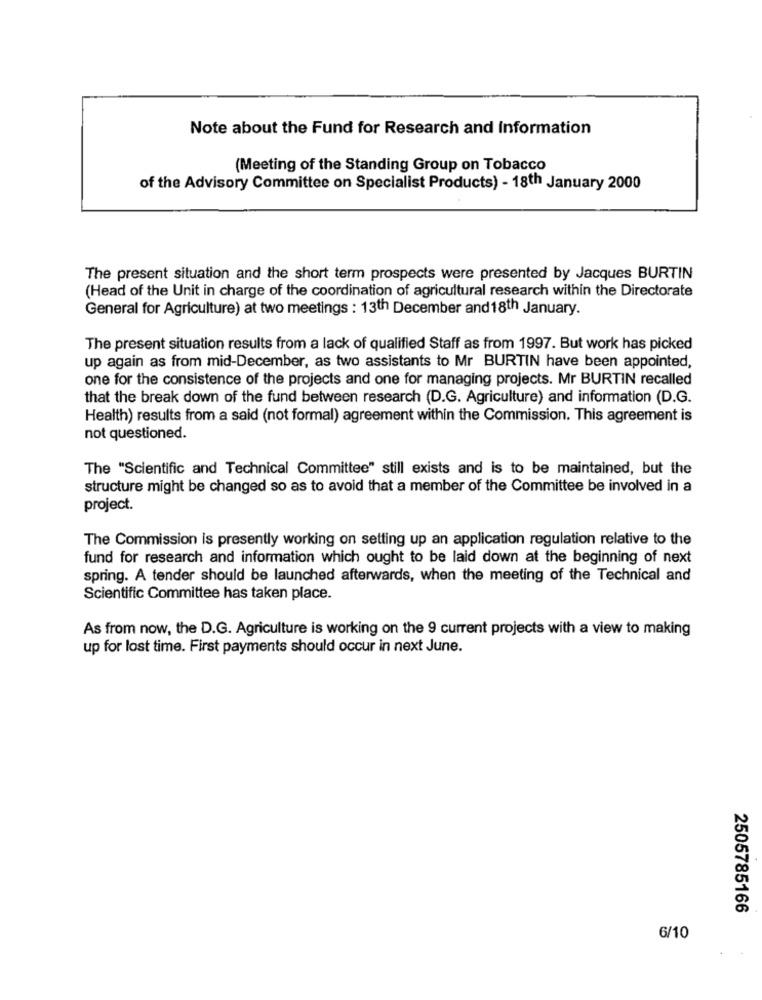
Note about the Fund for Research and Information
(Meeting of the Standing Group on Tobacco
of the Advisory Committee on Specialist Products) - 18th January 2000
The present situation and the short term prospects were presented by Jacques BURTIN
(Head of the Unit in charge of the coordination of agricultural research within the Directorate
General for Agriculture) at two meetings : 13th December and18th January.
The present situation results from a lack of qualified Staff as from 1997. But work has picked
up again as from mid-December, as two assistants to Mr BURTIN have been appointed,
one for the consistence of the projects and one for managing projects. Mr BURTIN recalled
that the break down of the fund between research (D.G. Agriculture) and information (D.G.
Health) results from a said (not formal) agreement within the Commission. This agreement is
not questioned.
The "Scientific and Technical Committee" still exists and is to be maintained, but the
structure might be changed so as to avoid that a member of the Committee be involved in a
project.
The Commission is presently working on setting up an application regulation relative to the
fund for research and information which ought to be laid down at the beginning of next
spring. A tender should be launched afterwards, when the meeting of the Technical and
Scientific Committee has taken place.
As from now, the D.G. Agriculture is working on the 9 current projects with a view to making
up for lost time. First payments should occur in next June.
2505785166
6/10